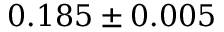
0 . 1 8 5 \pm 0 . 0 0 5